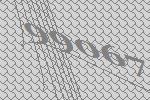
99067